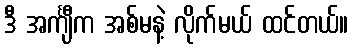
ဒီ အင်္ကျီက အစ်မနဲ့ လိုက်မယ် ထင်တယ်။